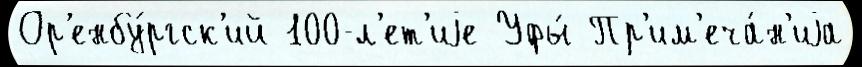
Ор'енбу́ргск'ий 100-л'ет'иjе Уфы́ Пр'им'еча́н'иjа